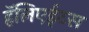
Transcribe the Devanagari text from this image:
हॅलिएईटस